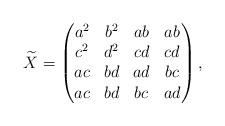
LaTeX: \begin{align*}\widetilde{X}=\begin{pmatrix}a^2&b^2&ab&ab\\c^2&d^2&cd&cd\\ac&bd&ad&bc\\ac&bd&bc&ad\end{pmatrix},\end{align*}